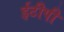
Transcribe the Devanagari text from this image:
ईटीपी